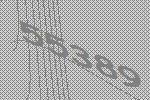
55389